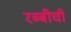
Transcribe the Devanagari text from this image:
रब्बीची